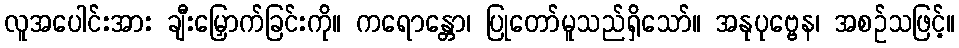
လူအပေါင်းအား ချီးမြှောက်ခြင်းကို။ ကရောန္တော၊ ပြုတော်မူသည်ရှိသော်။ အနုပုဗ္ဗေန၊ အစဉ်သဖြင့်။